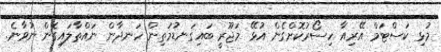
މުޅި ކަސްޓަމް އޭރިއާ ހިސޯރުކޮށްގެން އުޅޭ މަޖޫރީ ބައިގަނޑުމަތިން ހަނދާން ނައްތާލައިގެން ނުވާނެ.